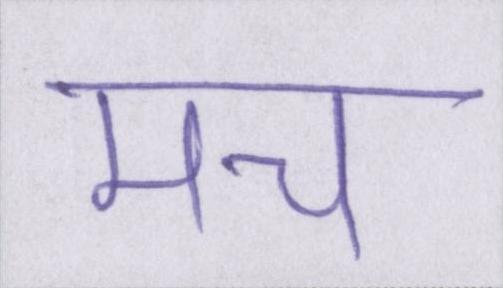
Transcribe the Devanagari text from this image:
मच